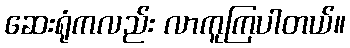
ဆေးရုံကလည်း လာကူကြပါတယ်။